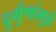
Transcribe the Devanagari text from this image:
दुर्गुणांमुळे